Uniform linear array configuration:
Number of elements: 24
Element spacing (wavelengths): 0.5
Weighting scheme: blackman
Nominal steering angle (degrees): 45
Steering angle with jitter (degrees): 43.288
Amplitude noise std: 0.05
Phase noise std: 0.05

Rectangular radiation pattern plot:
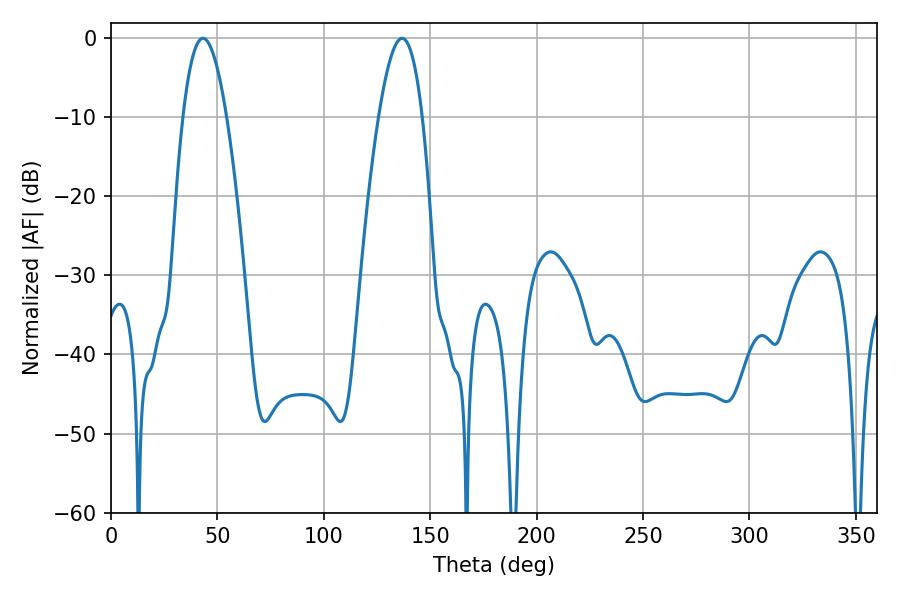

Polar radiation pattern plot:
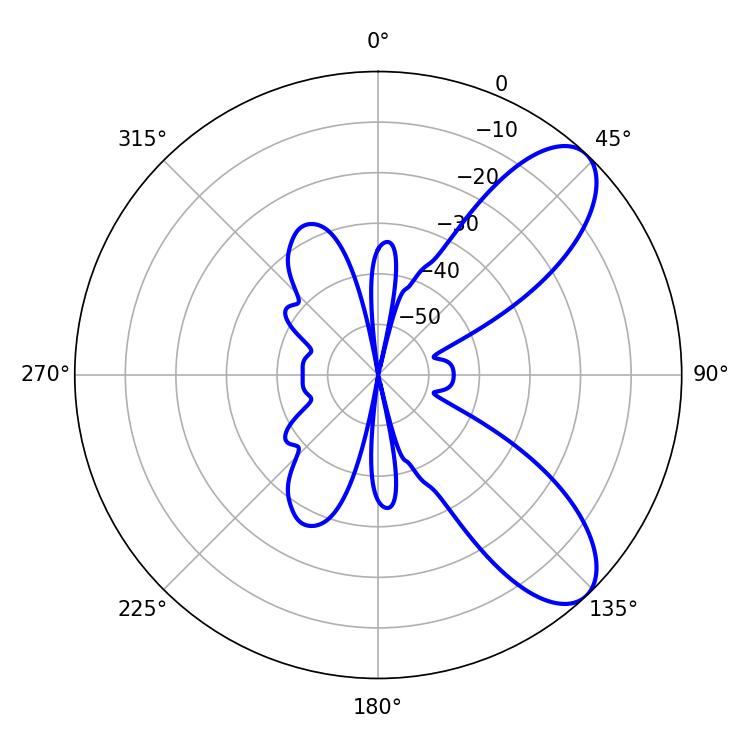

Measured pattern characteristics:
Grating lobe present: FALSE
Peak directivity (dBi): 8.386
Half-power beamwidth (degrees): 11.34
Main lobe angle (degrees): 136.8